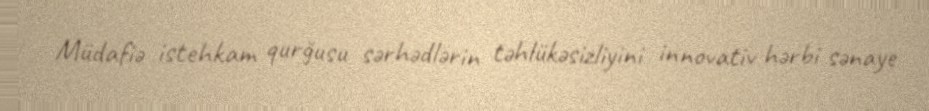
Müdafiə istehkam qurğusu sərhədlərin təhlükəsizliyini innovativ hərbi sənaye